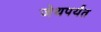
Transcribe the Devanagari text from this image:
जेथपर्यंत